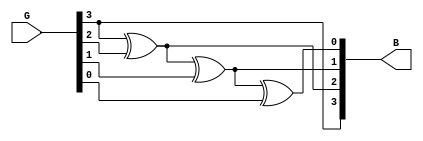
module g2b(G,B);
  input [3:0]G;
  output [3:0]B;
  assign B[3] = G[3];
  assign B[2] = B[3] ^ G[2];
  assign B[1] = B[2] ^ G[1];
  assign B[0] = B[1] ^ G[0];
endmodule